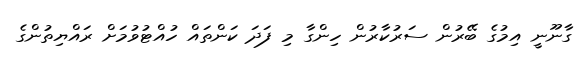
ގާނޫނީ އިމުގެ ބޭރުން ސަރުކާރުން ހިންގާ މި ފަދަ ކަންތައް ހުއްޓުވުމަށް ރައްޔިތުންގެ